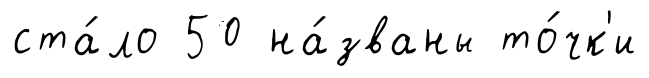
ста́ло 50 на́званы то́чк'и